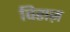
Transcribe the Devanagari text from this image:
विराज़